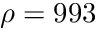
\rho = 9 9 3